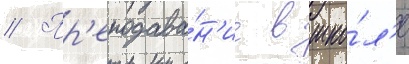
// Пр'еподава́н'ие в шко́л'е